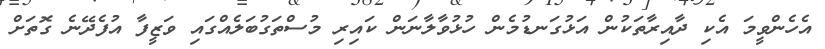
އެހެންވީމަ އެކި ދާއިރާތަކުން އަޅުގަނޑުމެން ހުޅުވާލާނަން ކައިރި މުސްތަގުބަލެއްގައި ވަޒީފާ އުފެދޭނެ ގޮތަށް